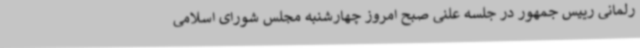
رلمانی رییس جمهور در جلسه علنی صبح امروز چهارشنبه مجلس شورای اسلامی